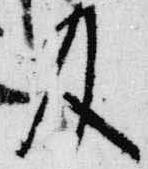
及